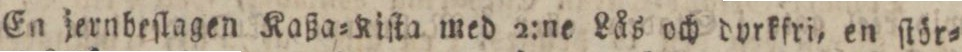
En jernbeſlagen Koßa=Kiſta med 2:ne Lås och dyrkfri, en ſtör=